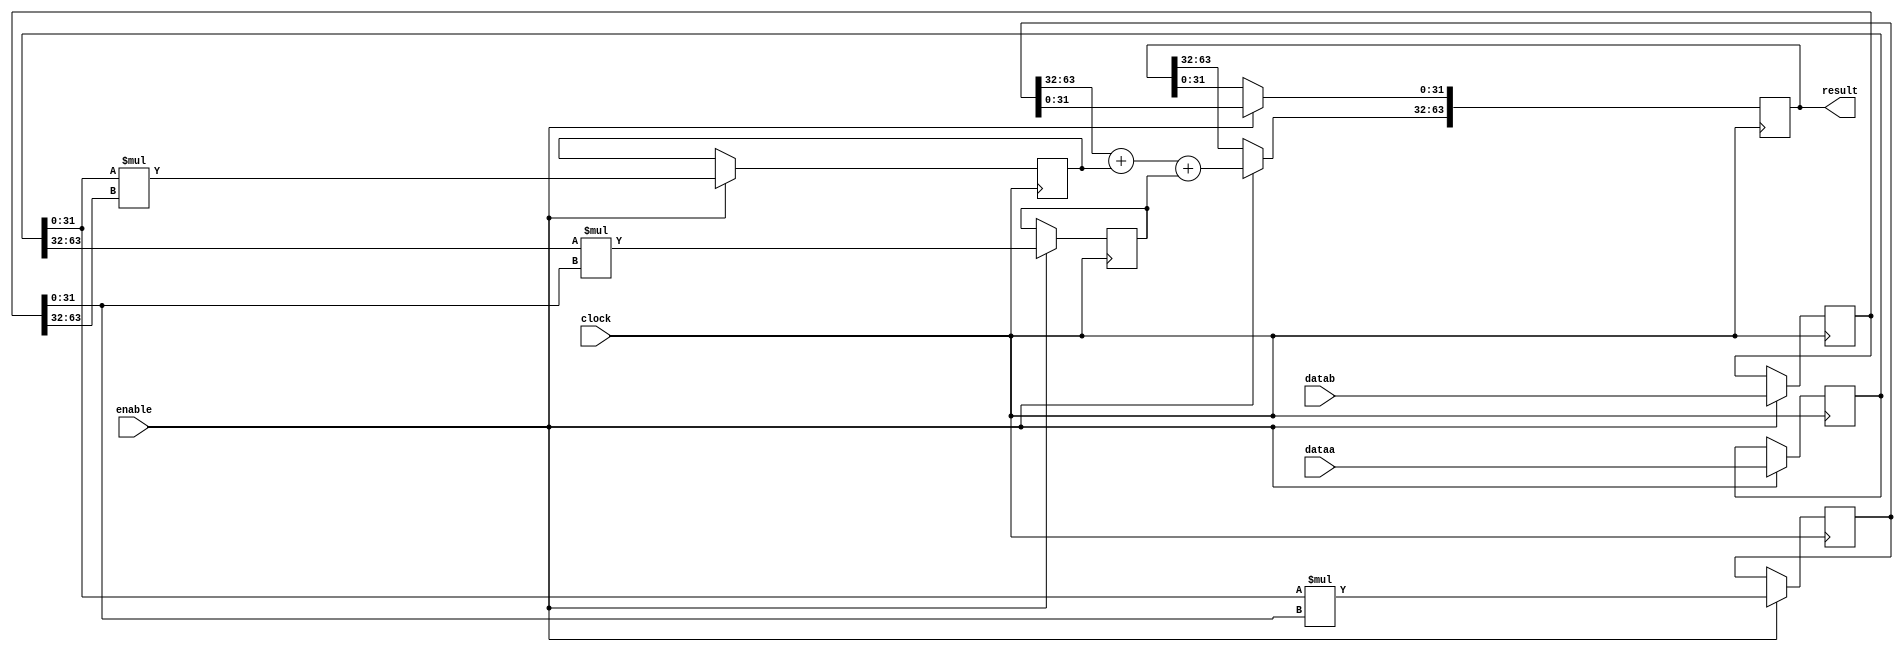
module acl_int_mult (
	enable,
	clock,
	dataa,
	datab,
	result);

  parameter INPUT1_WIDTH = 64;
  parameter INPUT2_WIDTH = 64;
  parameter OUTPUT_WIDTH = 64;
  parameter SIGNED = 0;
  parameter LATENCY = 3;
 
  // Determine the complete size of the output.
  localparam O_WIDTH = (OUTPUT_WIDTH > (INPUT1_WIDTH + INPUT2_WIDTH)) ? OUTPUT_WIDTH : (INPUT1_WIDTH + INPUT2_WIDTH);
  localparam REP_STRING = (SIGNED == 0) ? "UNSIGNED" : "SIGNED";
    
  input	  [INPUT1_WIDTH - 1 : 0]  dataa;
  input	  [INPUT2_WIDTH - 1 : 0]  datab;
  input	  enable;
  input	  clock;
  output	[OUTPUT_WIDTH - 1 : 0]  result;

  generate
  if ((INPUT1_WIDTH>=19) && (INPUT1_WIDTH<=27) && (INPUT2_WIDTH>=19) && (INPUT2_WIDTH<=27))
  begin
    (* altera_attribute = "-name auto_shift_register_recognition OFF" *) reg	[INPUT1_WIDTH - 1 : 0]  reg_dataa;
    (* altera_attribute = "-name auto_shift_register_recognition OFF" *) reg	[INPUT2_WIDTH - 1 : 0]  reg_datab;
  
    // Use a special WYSIWYG for the 27x27 multiplier mode
    always@(posedge clock)
    begin
      if (enable)
      begin
        reg_dataa <= dataa;
        reg_datab <= datab;
      end
    end

    wire [53:0] output_wire;
    wire [26:0] inp_a;
    wire [26:0] inp_b;

    assign inp_a = reg_dataa;
    assign inp_b = reg_datab;

    sv_mult27 the_multiplier(clock,enable,inp_a,inp_b, output_wire);
      defparam the_multiplier.REPRESENTATION = REP_STRING;

    if (SIGNED == 0)
    begin
       if (OUTPUT_WIDTH > 54)
         assign result = {{{OUTPUT_WIDTH-54}{1'b0}}, output_wire};
       else
         assign result = output_wire[OUTPUT_WIDTH-1:0];
    end
    else
    begin
       if (OUTPUT_WIDTH > 54)
         assign result = {{{OUTPUT_WIDTH-54}{output_wire[53]}}, output_wire};
       else
         assign result = output_wire[OUTPUT_WIDTH-1:0];
    end
  end
  else if (((SIGNED == 0) && (OUTPUT_WIDTH >= 33) && (OUTPUT_WIDTH <= 64)) && ((INPUT1_WIDTH == 64) && (INPUT2_WIDTH >= 32) || (INPUT2_WIDTH == 64) && (INPUT1_WIDTH >= 32)))
  begin : GEN_LONG_MUL //Karatsuba algorithm
  	 localparam TMP1_WIDTH = (INPUT1_WIDTH > 32)? INPUT1_WIDTH : 33;
	 localparam TMP2_WIDTH = (INPUT2_WIDTH > 32)? INPUT2_WIDTH : 33;  
    reg [63:0] temp0;
    reg [TMP1_WIDTH-1:0] R_a;
    reg [TMP2_WIDTH-1:0] R_b;
    reg [31:0] temp1, temp2;
    reg [63:0] output_wire;
    always@(posedge clock)
    begin
      if(enable)
      begin
        R_a <= dataa;
        R_b <= datab;
        temp0 <= R_a[31:0] * R_b[31:0];
        temp1 <= R_a[31:0] * R_b[TMP2_WIDTH-1:32];
        temp2 <= R_a[TMP1_WIDTH-1:32] * R_b[31:0];
        output_wire[63:32] <= temp0[63:32] + temp1 + temp2;
        output_wire[31:0] <= temp0[31:0];
      end
    end
    
    assign result = output_wire[OUTPUT_WIDTH-1:0];  
  end
  else if (LATENCY == 2)
  begin
    // Replacement for LPM_MULT with better QoR - uses a single input register
    if (SIGNED == 0)
    begin
      (* altera_attribute = "-name auto_shift_register_recognition OFF" *) reg [O_WIDTH-1:0] output_reg;
      (* altera_attribute = "-name auto_shift_register_recognition OFF" *) reg [INPUT1_WIDTH - 1 : 0]  reg_dataa;
      (* altera_attribute = "-name auto_shift_register_recognition OFF" *) reg [INPUT2_WIDTH - 1 : 0]  reg_datab;
    
      always@(posedge clock)
      begin
        if (enable)
        begin
          output_reg <= reg_dataa * reg_datab; 
          reg_dataa <= dataa;
          reg_datab <= datab;
        end
      end 

      assign result = output_reg[OUTPUT_WIDTH-1:0];
    end
    else
    begin
      (* altera_attribute = "-name auto_shift_register_recognition OFF" *) reg signed [O_WIDTH-1:0] output_reg;
      (* altera_attribute = "-name auto_shift_register_recognition OFF" *) reg signed [INPUT1_WIDTH - 1 : 0]  reg_dataa;
      (* altera_attribute = "-name auto_shift_register_recognition OFF" *) reg signed [INPUT2_WIDTH - 1 : 0]  reg_datab;
   
      always@(posedge clock)
      begin
        if (enable)
        begin
          output_reg <= reg_dataa * reg_datab; 
          reg_dataa <= dataa;
          reg_datab <= datab;
        end
      end
      
      assign result = output_reg[OUTPUT_WIDTH-1:0];  
    end    
  end
  else
  begin
    // Similar to above but uses 2 input registers to account for the pipeline register
    if (SIGNED == 0)
    begin
      (* altera_attribute = "-name auto_shift_register_recognition OFF" *) reg [O_WIDTH-1:0] output_reg[LATENCY - 3 : 0];
      (* altera_attribute = "-name auto_shift_register_recognition OFF" *) reg [INPUT1_WIDTH - 1 : 0]  reg_dataa;
      (* altera_attribute = "-name auto_shift_register_recognition OFF" *) reg [INPUT2_WIDTH - 1 : 0]  reg_datab;
      (* altera_attribute = "-name auto_shift_register_recognition OFF" *) reg [INPUT1_WIDTH - 1 : 0]  reg_dataa2;
      (* altera_attribute = "-name auto_shift_register_recognition OFF" *) reg [INPUT2_WIDTH - 1 : 0]  reg_datab2;
    
      genvar i;
      for (i = 0; i < LATENCY - 3; i++) begin: postregs
         always @(posedge clock) 
         begin
            if (enable) begin
               output_reg[i + 1] <= output_reg[i];
            end
         end
      end


      always@(posedge clock)
      begin
        if (enable)
        begin
          output_reg[0] <= reg_dataa2 * reg_datab2; 
          reg_dataa <= dataa;
          reg_datab <= datab;
          reg_dataa2 <= reg_dataa;
          reg_datab2 <= reg_datab;
        end
      end 

      assign result = output_reg[LATENCY - 3][OUTPUT_WIDTH-1:0];
    end
    else
    begin
      (* altera_attribute = "-name auto_shift_register_recognition OFF" *) reg signed [O_WIDTH-1:0] output_reg[LATENCY - 3 : 0];
      (* altera_attribute = "-name auto_shift_register_recognition OFF" *) reg signed [INPUT1_WIDTH - 1 : 0]  reg_dataa;
      (* altera_attribute = "-name auto_shift_register_recognition OFF" *) reg signed [INPUT2_WIDTH - 1 : 0]  reg_datab;
      (* altera_attribute = "-name auto_shift_register_recognition OFF" *) reg signed [INPUT1_WIDTH - 1 : 0]  reg_dataa2;
      (* altera_attribute = "-name auto_shift_register_recognition OFF" *) reg signed [INPUT2_WIDTH - 1 : 0]  reg_datab2;
   
      genvar i;
      for (i = 0; i < LATENCY - 3; i++) begin: postregs
         always @(posedge clock)
         begin
            if (enable) begin
               output_reg[i + 1] <= output_reg[i];
            end
         end
      end
 
      always@(posedge clock)
      begin
        if (enable)
        begin
          output_reg[0] <= reg_dataa2 * reg_datab2; 
          reg_dataa <= dataa;
          reg_datab <= datab;
          reg_dataa2 <= reg_dataa;
          reg_datab2 <= reg_datab;
        end
      end
      
      assign result = output_reg[LATENCY - 3][OUTPUT_WIDTH-1:0];  
    end    
  end
  endgenerate   
  
endmodule